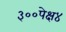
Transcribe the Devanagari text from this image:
३००पेक्ष४